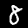
Label: 8